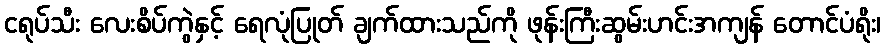
ငရုပ်သီး လေးစိပ်ကွဲနှင့် ရေလုံပြုတ် ချက်ထားသည်ကို ဖုန်းကြီးဆွမ်းဟင်းအကျန် တောင်ပံရိုး၊